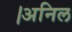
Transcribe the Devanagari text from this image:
।अनिल